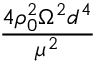
\frac { 4 \rho _ { 0 } ^ { 2 } \Omega ^ { 2 } d ^ { 4 } } { \mu ^ { 2 } }